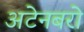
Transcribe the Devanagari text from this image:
अटेनबरो